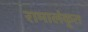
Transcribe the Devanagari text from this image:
रामालंकृत